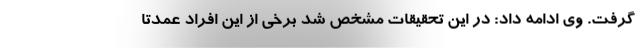
گرفت. وی ادامه داد: در این تحقیقات مشخص شد برخی از این افراد عمدتا